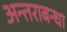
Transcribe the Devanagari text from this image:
अन्तराबन्धा